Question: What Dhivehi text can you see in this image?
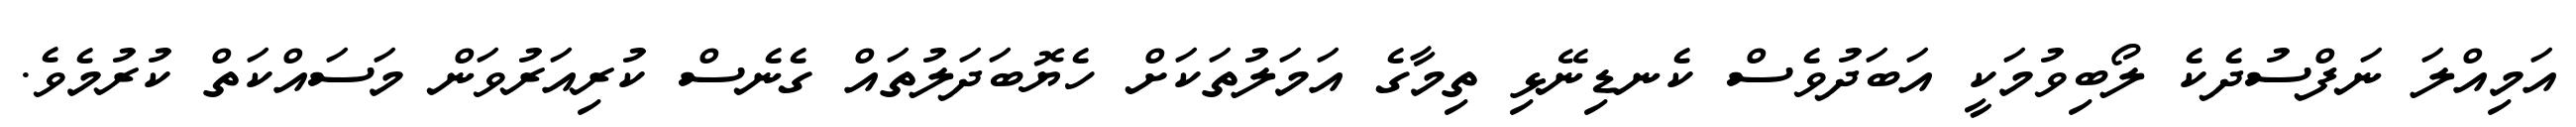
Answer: އަމިއްލަ ނަފްސުދެކެ ލޯބިވުމަކީ އަބަދުވެސް ކެނޑިނޭޅި ތިމާގެ އަމަލުތަކަށް ހެޔޮބަދަލުތައް ގެނެސް ކުރިއަރުވަން މަސައްކަތް ކުރުމެވެ.